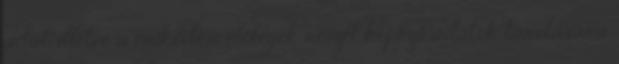
adat, illetve a működési előlegek részét képező adatok tárolására